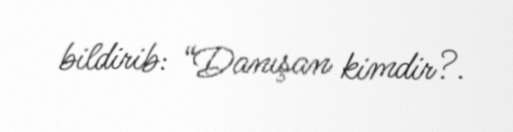
bildirib: “Danışan kimdir?.